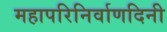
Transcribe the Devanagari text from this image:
महापरिनिर्वाणदिनी